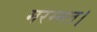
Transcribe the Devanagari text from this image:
मरम्मत।